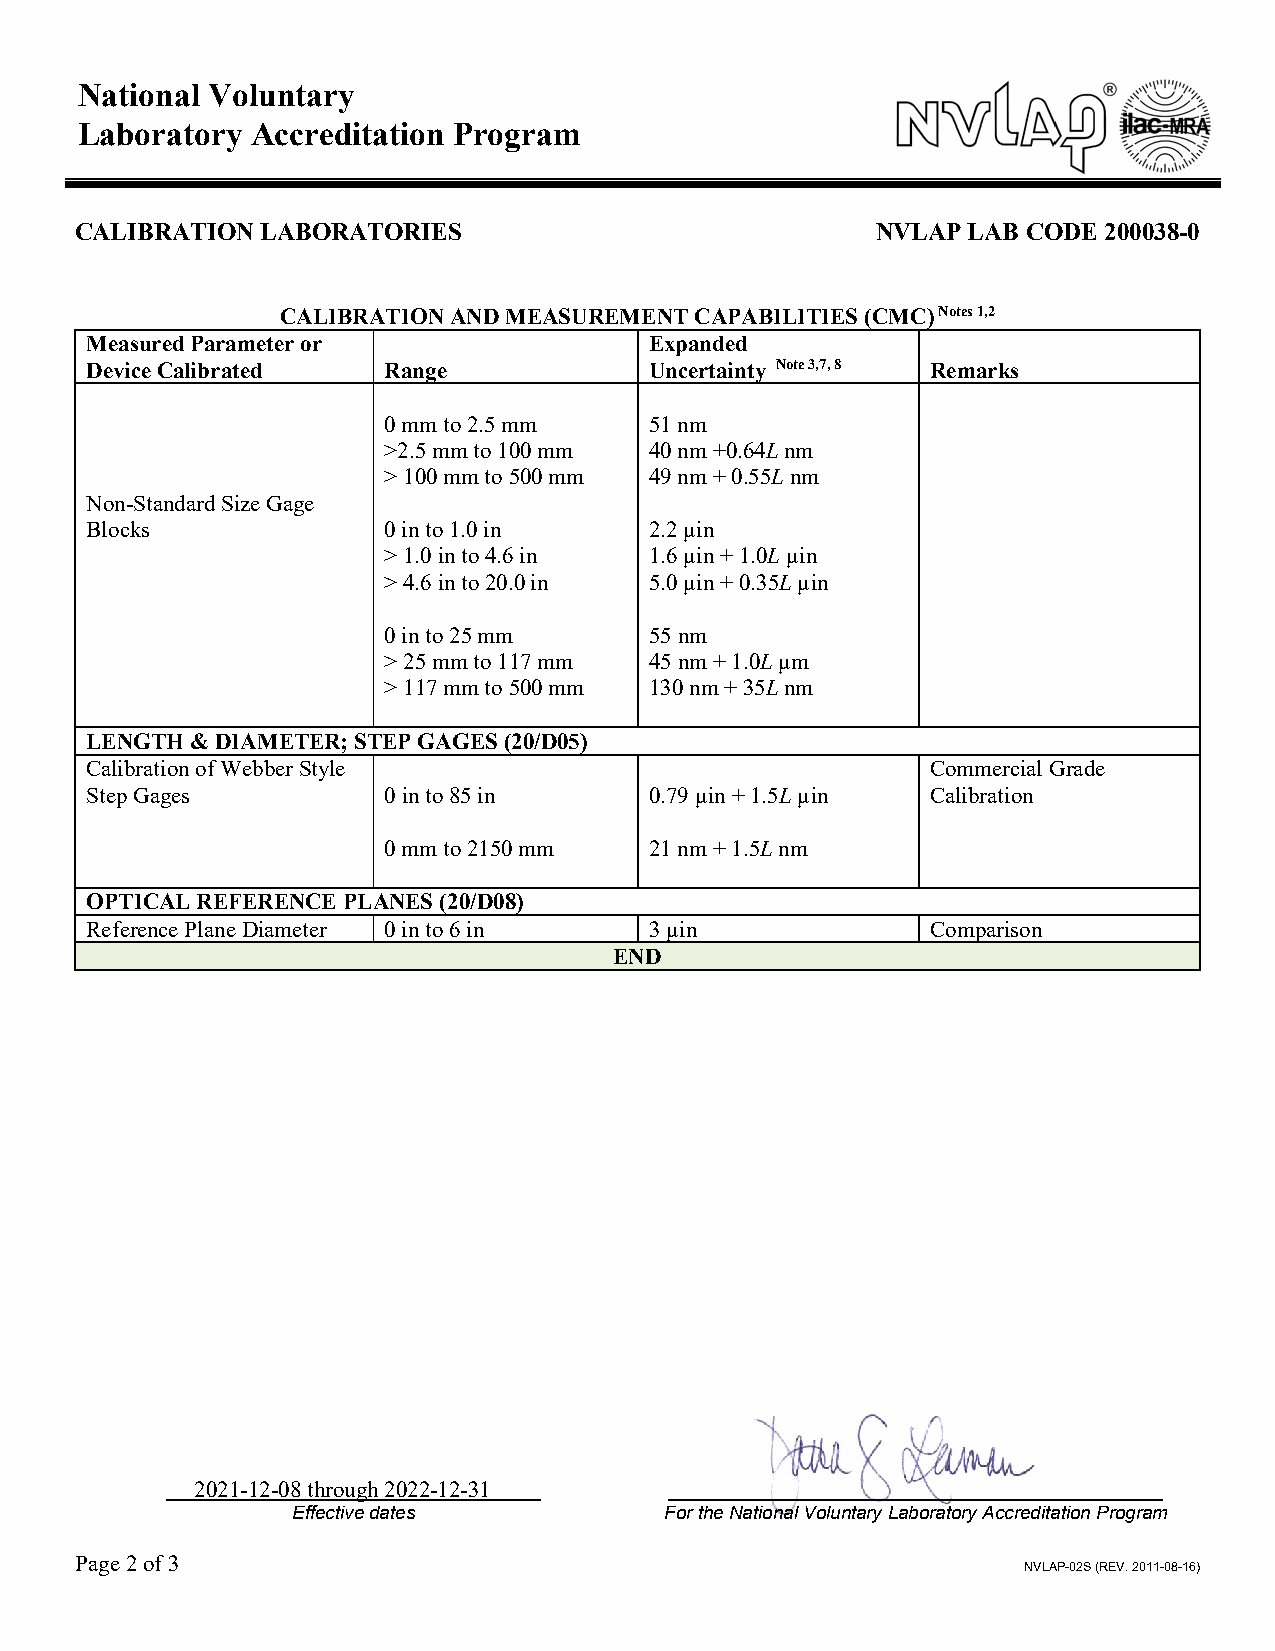
National Voluntary
 Laboratory  Accreditation Program
 CALIBRATION LABORATORIES                             NVLAP LAB CODE 200038-0
 CALIBRATION AND MEASUREMENT CAPABILITIES (CMC) Notes 1,2
 Measured Parameter or                Expanded
 Device Calibrated  Range             Uncertainty Note 3,7, 8 Remarks
 0 mm to 2.5 mm    51 nm
 >2.5 mm to 100 mm 40 nm +0.64L nm
 > 100 mm to 500 mm 49 nm + 0.55L nm
 Non-Standard Size Gage
 Blocks             0 in to 1.0 in    2.2 µin
 > 1.0 in to 4.6 in 1.6 µin + 1.0L µin
 > 4.6 in to 20.0 in 5.0 µin + 0.35L µin
 0 in to 25 mm     55 nm
 > 25 mm to 117 mm 45 nm + 1.0L µm
 > 117 mm to 500 mm 130 nm + 35L nm
 LENGTH & DIAMETER; STEP GAGES (20/D05)
 Calibration of Webber Style                             Commercial Grade
 Step Gages         0 in to 85 in     0.79 µin + 1.5L µin Calibration
 0 mm to 2150 mm   21 nm + 1.5L nm
 OPTICAL REFERENCE PLANES (20/D08)
 Reference Plane Diameter 0 in to 6 in 3 µin             Comparison
 END
 2021-12-08 through 2022-12-31
 Effective dates          For the National Voluntary Laboratory Accreditation Program
 Page 2 of 3
 NVLAP-02S (REV. 2011-08-16)